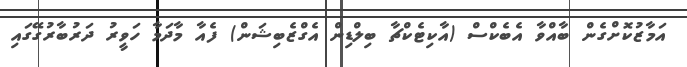
އަމާޒުކޮށްގެން ބާއްވާ އެބެކްސް (އާކިޓެކްޗާ ބިލްޑިން އެގްޒެބިޝަން) ފެއާ މާދަމާ ހަވީރު ދަރުބާރުގޭގައި